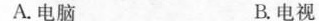
A.电脑 B.电视